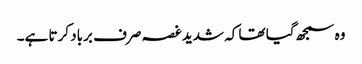
وہ سمجھ گیا تھا کہ شدید غصہ صرف برباد کرتا ہے۔